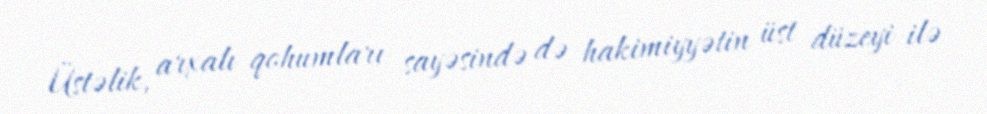
Üstəlik, arxalı qohumları sayəsində də hakimiyyətin üst düzeyi ilə